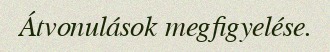
Átvonulások megfigyelése.